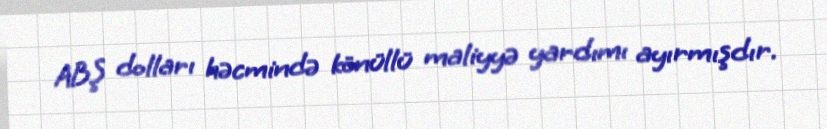
ABŞ dolları həcmində könüllü maliyyə yardımı ayırmışdır.